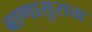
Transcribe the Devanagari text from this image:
बाणासुराचा